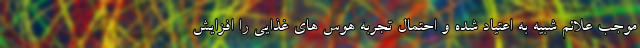
موجب علائم شبیه به اعتیاد شده و احتمال تجربه هوس های غذایی را افزایش